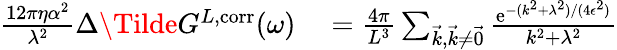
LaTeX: \begin{array}{rl}{\frac{12\pi\eta\alpha^{2}}{\lambda^{2}}\Delta\Tilde{G}^{L,\mathrm{corr}}(\omega)}&{{}=\frac{4\pi}{L^{3}}\sum_{\vec{k},\vec{k}\neq\vec{0}}\frac{\mathrm{e}^{-(k^{2}+\lambda^{2})/(4\epsilon^{2})}}{k^{2}+\lambda^{2}}}\end{array}